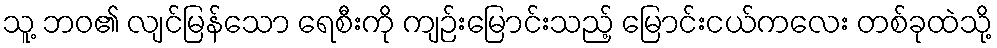
သူ့ ဘဝ၏ လျင်မြန်သော ရေစီးကို ကျဉ်းမြောင်းသည့် မြောင်းငယ်ကလေး တစ်ခုထဲသို့